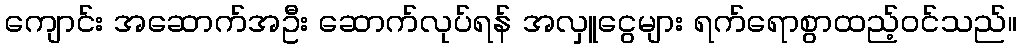
ကျောင်း အဆောက်အဦး ဆောက်လုပ်ရန် အလှူငွေများ ရက်ရောစွာထည့်ဝင်သည်။